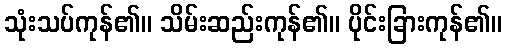
သုံးသပ်ကုန်၏။ သိမ်းဆည်းကုန်၏။ ပိုင်းခြားကုန်၏။